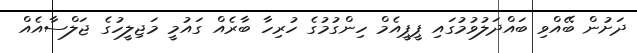
ދަށުން ބޭއްވި ބައްދަލުވުމުގައި ޕީޕީއެމް ހިންގުމުގެ ހުރިހާ ބާރެއް ގައުމީ މަޖިލީހުގެ ޖަލްސާއެއް